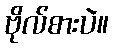
ဗိုလ်စားပဲ။